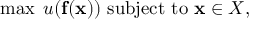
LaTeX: \operatorname* { m a x } \; u ( \mathbf { f } ( \mathbf { x } ) ) { \mathrm { ~ s u b j e c t ~ t o ~ } } \mathbf { x } \in X ,